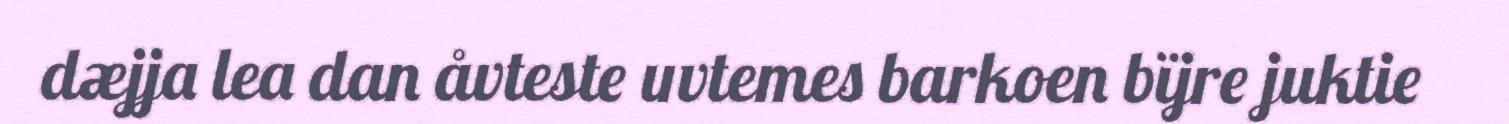
dæjja lea dan åvteste uvtemes barkoen bïjre juktie